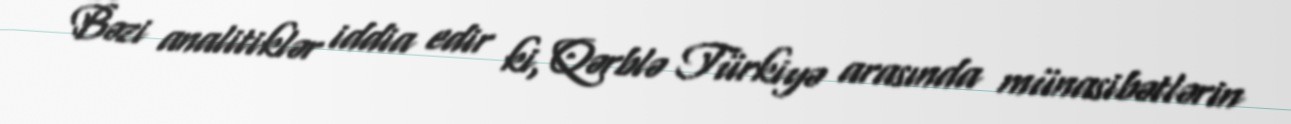
Bəzi analitiklər iddia edir ki, Qərblə Türkiyə arasında münasibətlərin